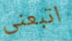
اتبعنى